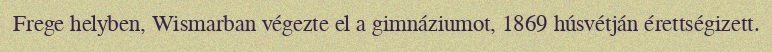
Frege helyben, Wismarban végezte el a gimnáziumot, 1869 húsvétján érettségizett.